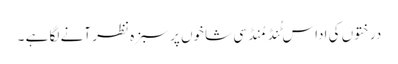
درختوں کی اداس ٹُنڈ مُنڈ سی شاخوں پر سبزہ نظر آنے لگا ہے ۔